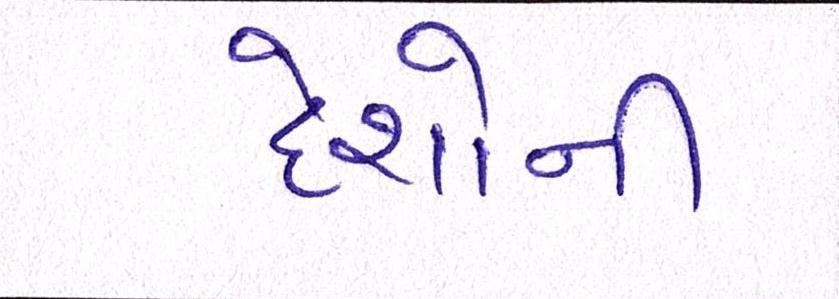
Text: દેશોની